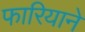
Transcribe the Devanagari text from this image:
फारियाने